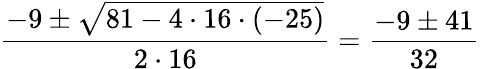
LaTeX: {\frac{-9\pm{\sqrt{81-4\cdot 16\cdot(-25)}}}{2\cdot 16}}={\frac{-9\pm 41}{32}}